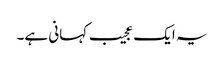
یہ ایک عجیب کہانی ہے۔